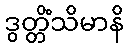
ဒွတ္တိံသိမာနိ